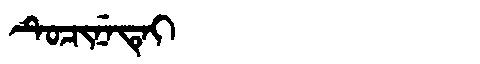
Manchu: ᡨᡠᠴᡳᠨᡝᡨᡝᡳ
Romanization: TUCINETEI